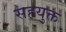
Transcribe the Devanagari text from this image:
सहयुक्त